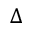
\Delta